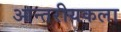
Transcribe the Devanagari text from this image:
आन्तरीयकला